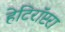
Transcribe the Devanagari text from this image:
हेटिरॉप्टरा